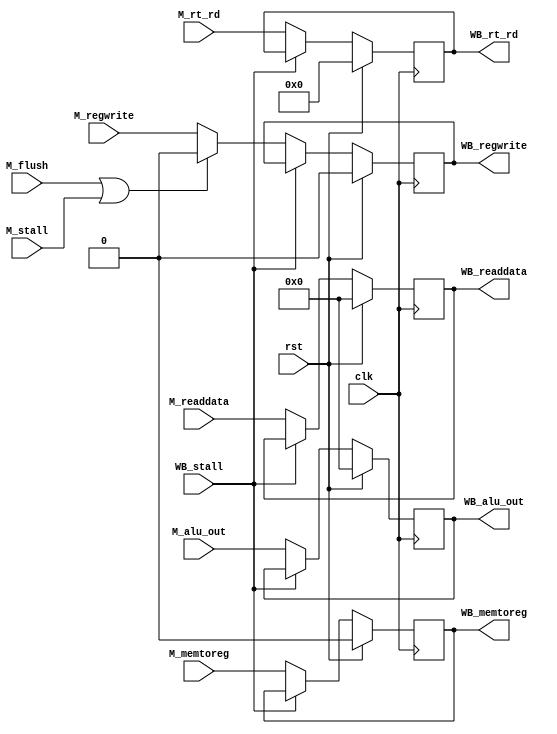
module MEM_stage(/*AUTOARG*/
    //Inputs
    clk, rst, M_flush, M_stall, WB_stall, M_regwrite, 
    M_memtoreg, M_alu_out, M_rt_rd, M_readdata,

    //Outputs
    WB_regwrite, WB_memtoreg, WB_alu_out, WB_rt_rd,WB_readdata);
    input   clk;
    input   rst;
    input   M_flush;
    input   M_stall;
    input   WB_stall;
    input   M_regwrite;
    input   M_memtoreg;
    input   [31:0]  M_alu_out;
    input   [31:0]  M_readdata;
    input   [4:0]   M_rt_rd;

    output  reg WB_regwrite;
    output  reg WB_memtoreg;
    output  reg [31:0]  WB_readdata;
    output  reg [31:0]  WB_alu_out;
    output  reg [4:0]   WB_rt_rd;

    always @(posedge clk) begin
        WB_regwrite  <= rst ? 0     : (WB_stall ? WB_regwrite : ((M_flush | M_stall ) ? 0 : M_regwrite));
        WB_memtoreg  <= rst ? 0     : (WB_stall ? WB_memtoreg : M_memtoreg);
        WB_alu_out   <= rst ? 32'b0 : (WB_stall ? WB_alu_out  : M_alu_out);
        WB_readdata  <= rst ? 32'b0 : (WB_stall ? WB_readdata : M_readdata);
        WB_rt_rd     <= rst ? 5'b0  : (WB_stall ? WB_rt_rd    : M_rt_rd);
    end

endmodule